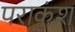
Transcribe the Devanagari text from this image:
पराकुंश